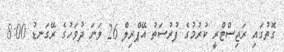
ގޮތުގައި ރަޖިސްޓްރީ ކުރުމުގެ ފުރުސަތު އޭޕްރިލް 26 ވަނަ ދުވަހުގެ ރޭގަނޑު 8:00